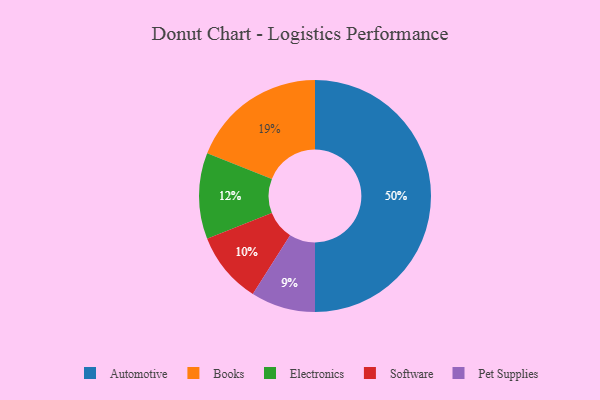
{"axis": {"x": "Category", "y": "Percentage"}, "legend": ["Automotive", "Books", "Electronics", "Pet Supplies", "Software"], "data": [{"x": "Software", "y": 10, "type": "Software"}, {"x": "Automotive", "y": 50, "type": "Automotive"}, {"x": "Books", "y": 19, "type": "Books"}, {"x": "Pet Supplies", "y": 9, "type": "Pet Supplies"}, {"x": "Electronics", "y": 12, "type": "Electronics"}]}